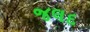
જલદ